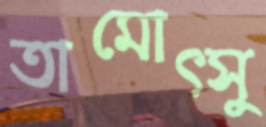
তামোত্সু